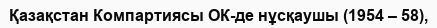
Қазақстан Компартиясы ОК-де нұсқаушы (1954 – 58),